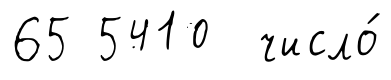
65 5410 число́